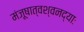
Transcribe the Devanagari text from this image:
मंजूषात्वश्वनद्याः